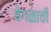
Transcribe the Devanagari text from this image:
वेगळाची